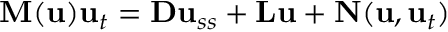
\mathbf { M } ( \mathbf { u } ) \mathbf { u } _ { t } = \mathbf { D } \mathbf { u } _ { s s } + \mathbf { L } \mathbf { u } + \mathbf { N } ( \mathbf { u } , \mathbf { u } _ { t } )